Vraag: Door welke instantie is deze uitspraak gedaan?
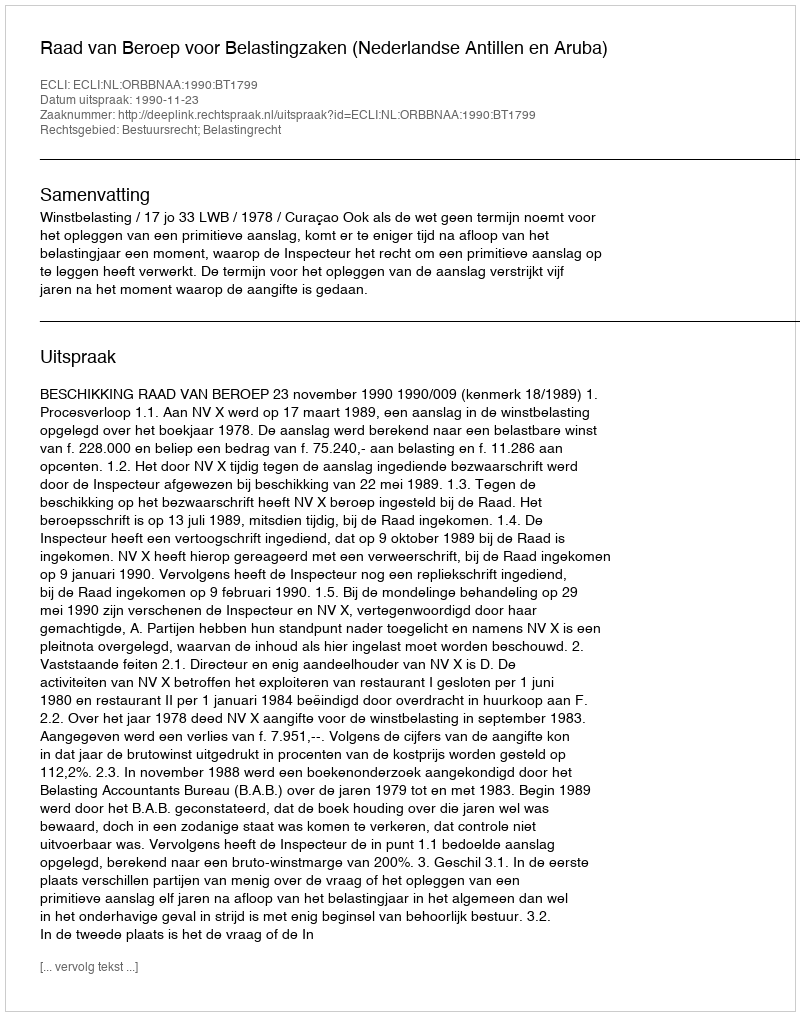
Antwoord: Raad van Beroep voor Belastingzaken (Nederlandse Antillen en Aruba)